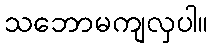
သဘောမကျလှပါ။